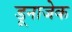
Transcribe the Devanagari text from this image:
डूनाजेक